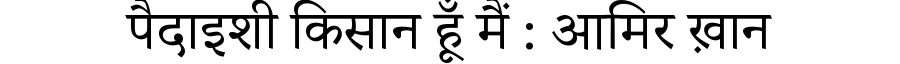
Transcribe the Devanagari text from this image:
पैदाइशी किसान हूँ मैं : आमिर ख़ान